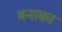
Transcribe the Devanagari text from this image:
बनाका